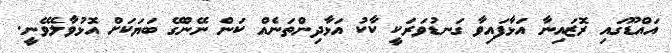
އައްްޑޫގައި ރޮޒައިނާ އަޅާފައިވާ ގަނޑުވަރަކީ ކާކު އަޅާދިންތަނެއް ކަން ނޭންގޭ ބަޔަކަށް އޮޅުވާލެވޭނީ.